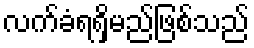
လက်ခံရရှိမည်ဖြစ်သည်